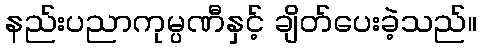
နည်းပညာကုမ္ပဏီနှင့် ချိတ်ပေးခဲ့သည်။